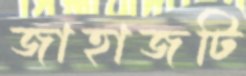
জাহাজটি